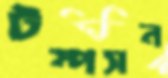
টম্পসন